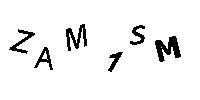
ZAM1SM